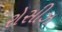
રોસીઝ